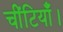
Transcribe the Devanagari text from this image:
चींटियाँ।